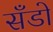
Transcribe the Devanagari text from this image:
सँडो